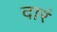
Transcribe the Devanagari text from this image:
दारं